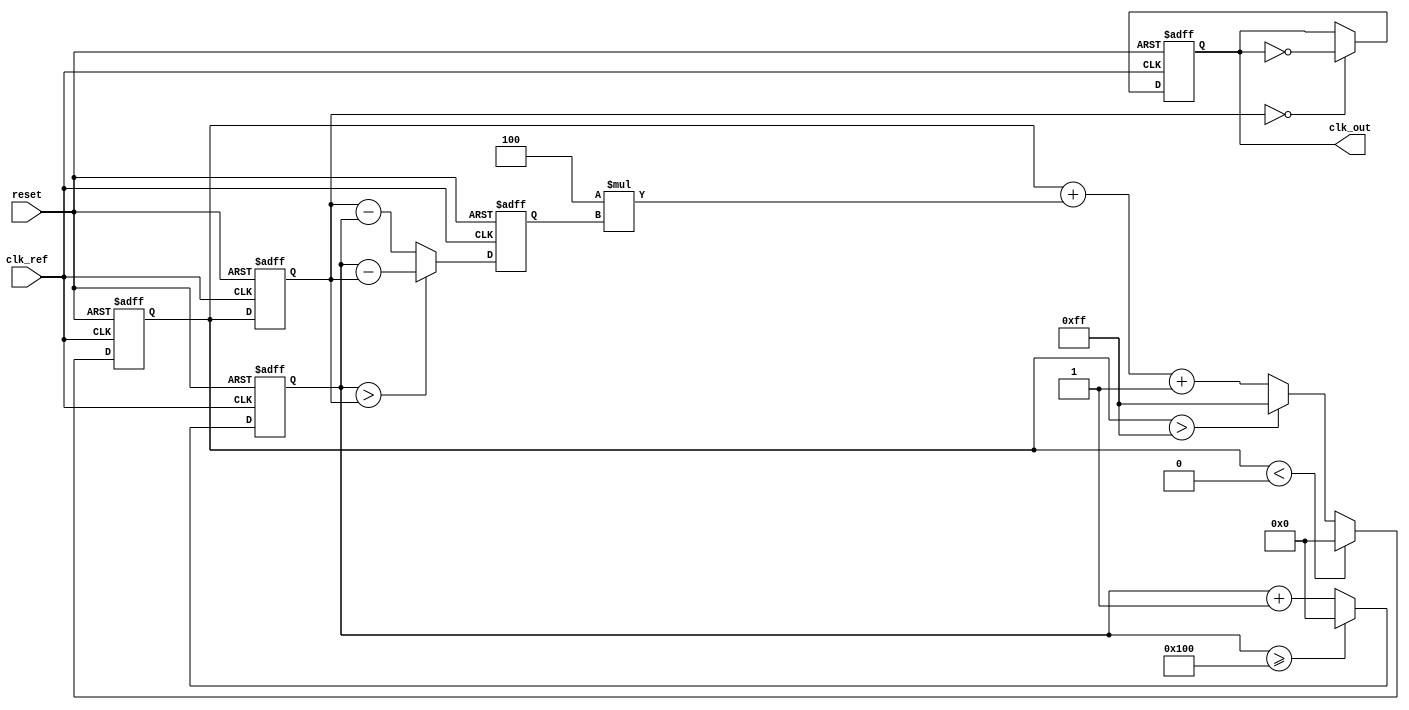
module ADPLL (
    input wire clk_ref,          // Reference clock input
    input wire reset,           // Reset signal
    output reg clk_out          // Output clock
);

// Parameters
parameter N = 8;               // Number of bits for the counter
parameter Kp = 4;              // Proportional gain
parameter Ki = 1;              // Integral gain
parameter VCO_MAX = 255;       // Maximum VCO value
parameter VCO_MIN = 0;         // Minimum VCO value

// Internal signals
reg [N-1:0] phase_error;       // Phase error signal
reg [N-1:0] control_signal;     // Control signal for VCO
reg [N-1:0] vco_count;          // VCO counter
reg [N-1:0] feedback_count;     // Feedback counter
reg [N-1:0] loop_filter;        // Loop filter output
reg [N-1:0] memory_block;       // Memory block for phase information

// Phase Detector
always @(posedge clk_ref or posedge reset) begin
    if (reset) begin
        phase_error <= 0;
    end else begin
        // Simple phase comparison logic (for demonstration)
        if (feedback_count > vco_count) begin
            phase_error <= feedback_count - vco_count;
        end else begin
            phase_error <= vco_count - feedback_count;
        end
    end
end

// Loop Filter (PI Controller)
always @(posedge clk_ref or posedge reset) begin
    if (reset) begin
        loop_filter <= 0;
    end else begin
        // Proportional and Integral control
        loop_filter <= loop_filter + (Kp * phase_error) + Ki;
        // Limit the loop filter output
        if (loop_filter > VCO_MAX) loop_filter <= VCO_MAX;
        if (loop_filter < VCO_MIN) loop_filter <= VCO_MIN;
    end
end

// Voltage-Controlled Oscillator (VCO)
always @(posedge clk_ref or posedge reset) begin
    if (reset) begin
        vco_count <= 0;
        clk_out <= 0;
    end else begin
        // Update VCO frequency based on control signal
        vco_count <= loop_filter;
        // Generate output clock based on VCO count
        clk_out <= (vco_count[N-1:0] == 0) ? ~clk_out : clk_out;
    end
end

// Feedback Path
always @(posedge clk_ref or posedge reset) begin
    if (reset) begin
        feedback_count <= 0;
    end else begin
        // Simple feedback counter
        feedback_count <= feedback_count + 1;
        if (feedback_count >= (1 << N)) begin
            feedback_count <= 0; // Reset feedback count
        end
    end
end

// Memory Block (for storing phase information)
always @(posedge clk_ref or posedge reset) begin
    if (reset) begin
        memory_block <= 0;
    end else begin
        // Store phase information (for demonstration)
        memory_block <= phase_error; // Store the last phase error
    end
end

endmodule